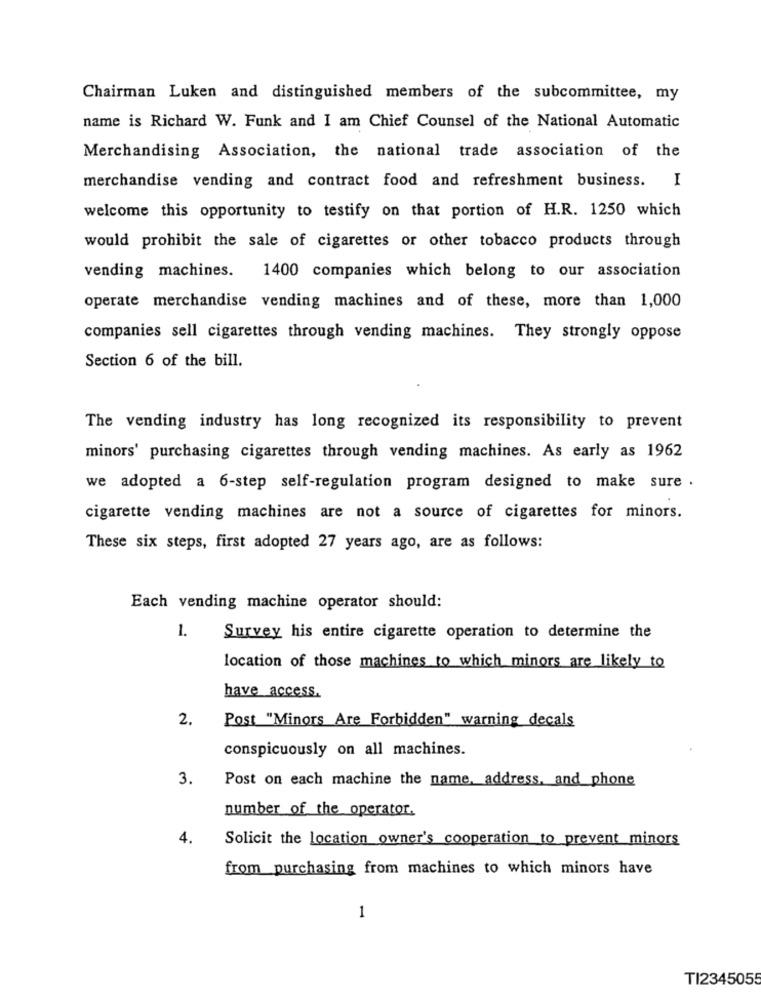
Chairman Luken and distinguished members of the subcommittee, my
name is Richard W. Funk and I am Chief Counsel of the National Automatic
Merchandising Association, the national trade association of the
merchandise vending and contract food and refreshment business. I
welcome this opportunity to testify on that portion of H.R. 1250 which
would prohibit the sale of cigarettes or other tobacco products through
vending machines. 1400 companies which belong to our association
operate merchandise vending machines and of these, more than 1,000
companies sell cigarettes through vending machines. They strongly oppose
Section 6 of the bill.
The vending industry has long recognized its responsibility to prevent
minors' purchasing cigarettes through vending machines. As early as 1962
we adopted a 6-step self-regulation program designed to make sure .
cigarette vending machines are not a source of cigarettes for minors.
These six steps, first adopted 27 years ago, are as follows:
Each vending machine operator should:
1.
Survey his entire cigarette operation to determine the
location of those machines to which minors are likely to
have access.
2.
Post "Minors Are Forbidden" warning decals
conspicuously on all machines.
3.
Post on each machine the name, address, and phone
number of the operator.
4.
Solicit the Location owner's cooperation to prevent minors
from purchasing from machines to which minors have
1
TI2345055